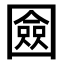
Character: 𭍴